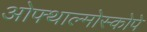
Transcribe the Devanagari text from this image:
ओफ्थाल्मोस्कोपे